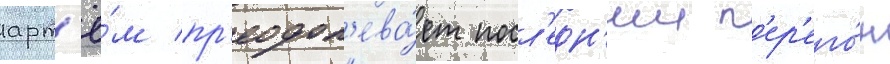
арт'ё́м пр'еодол'ева́ет посл'едн'ии п'ер'его́н